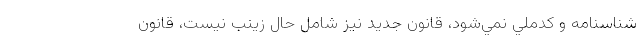
شناسنامه و كدملي نمي‌شود، قانون جديد نيز شامل حال زينب نيست، قانون